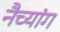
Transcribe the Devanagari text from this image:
नैच्यांग